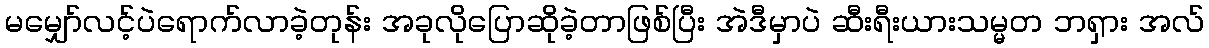
မမျှော်လင့်ပဲရောက်လာခဲ့တုန်း အခုလိုပြောဆိုခဲ့တာဖြစ်ပြီး အဲဒီမှာပဲ ဆီးရီးယားသမ္မတ ဘရှား အလ်